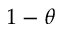
1 - \theta